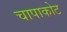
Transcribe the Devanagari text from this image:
चापाकोट